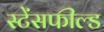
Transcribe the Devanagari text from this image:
स्टेंसफील्ड